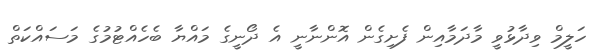
ހަލީމް ވިދާޅުވީ މާދަމާއިން ފެށިގެން އޮންނާނީ އެ ދޯނީގެ މައްޔާ ބެހެއްޓުމުގެ މަސައްކަތް